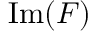
{ \mathrm { I m } } ( F )